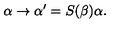
\mathrm { \boldmath \alpha } \to \mathrm { \boldmath \alpha } ^ { \prime } = S ( \beta ) \mathrm { \boldmath \alpha } .